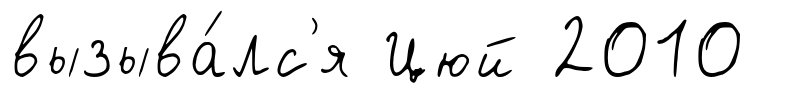
вызыва́лс'я Цюй 2010